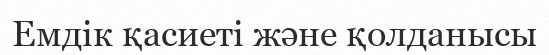
Емдік қасиеті және қолданысы